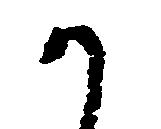
か